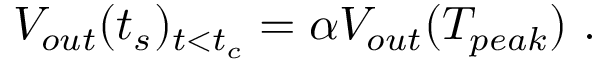
V _ { o u t } ( t _ { s } ) _ { t < t _ { c } } = \alpha V _ { o u t } ( T _ { p e a k } ) ~ .